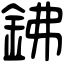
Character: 鉘